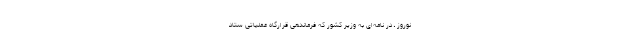
نوروز ـ در نامه‌ای به وزیر کشور که فرماندهی قرارگاه عملیاتی ستاد